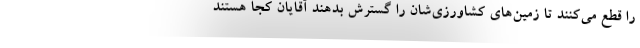
را قطع می‌کنند تا زمین‌های کشاورزی‌شان را گسترش بدهند آقایان کجا هستند